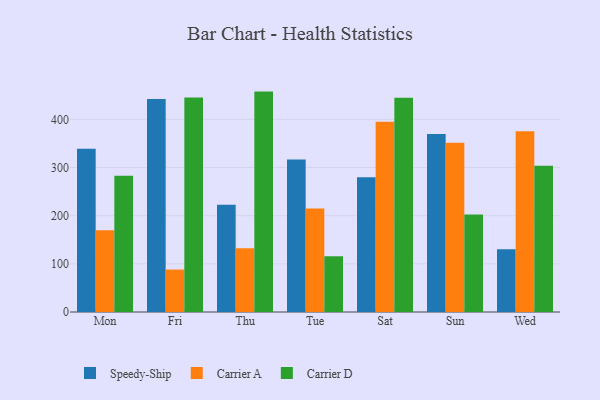
{"axis": {"x": "Day", "y": "Demand Index"}, "legend": ["Carrier A", "Carrier D", "Speedy-Ship"], "data": [{"x": "Mon", "y": 339.2, "type": "Speedy-Ship"}, {"x": "Mon", "y": 169.9, "type": "Carrier A"}, {"x": "Mon", "y": 282.8, "type": "Carrier D"}, {"x": "Fri", "y": 442.4, "type": "Speedy-Ship"}, {"x": "Fri", "y": 88.2, "type": "Carrier A"}, {"x": "Fri", "y": 445.6, "type": "Carrier D"}, {"x": "Thu", "y": 222.6, "type": "Speedy-Ship"}, {"x": "Thu", "y": 132.5, "type": "Carrier A"}, {"x": "Thu", "y": 457.6, "type": "Carrier D"}, {"x": "Tue", "y": 316.8, "type": "Speedy-Ship"}, {"x": "Tue", "y": 215.1, "type": "Carrier A"}, {"x": "Tue", "y": 115.5, "type": "Carrier D"}, {"x": "Sat", "y": 279.8, "type": "Speedy-Ship"}, {"x": "Sat", "y": 394.8, "type": "Carrier A"}, {"x": "Sat", "y": 444.6, "type": "Carrier D"}, {"x": "Sun", "y": 369.6, "type": "Speedy-Ship"}, {"x": "Sun", "y": 351.6, "type": "Carrier A"}, {"x": "Sun", "y": 202.4, "type": "Carrier D"}, {"x": "Wed", "y": 130.3, "type": "Speedy-Ship"}, {"x": "Wed", "y": 375.4, "type": "Carrier A"}, {"x": "Wed", "y": 303.4, "type": "Carrier D"}]}